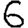
Digit: 6